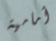
أمامية